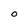
Character: 0